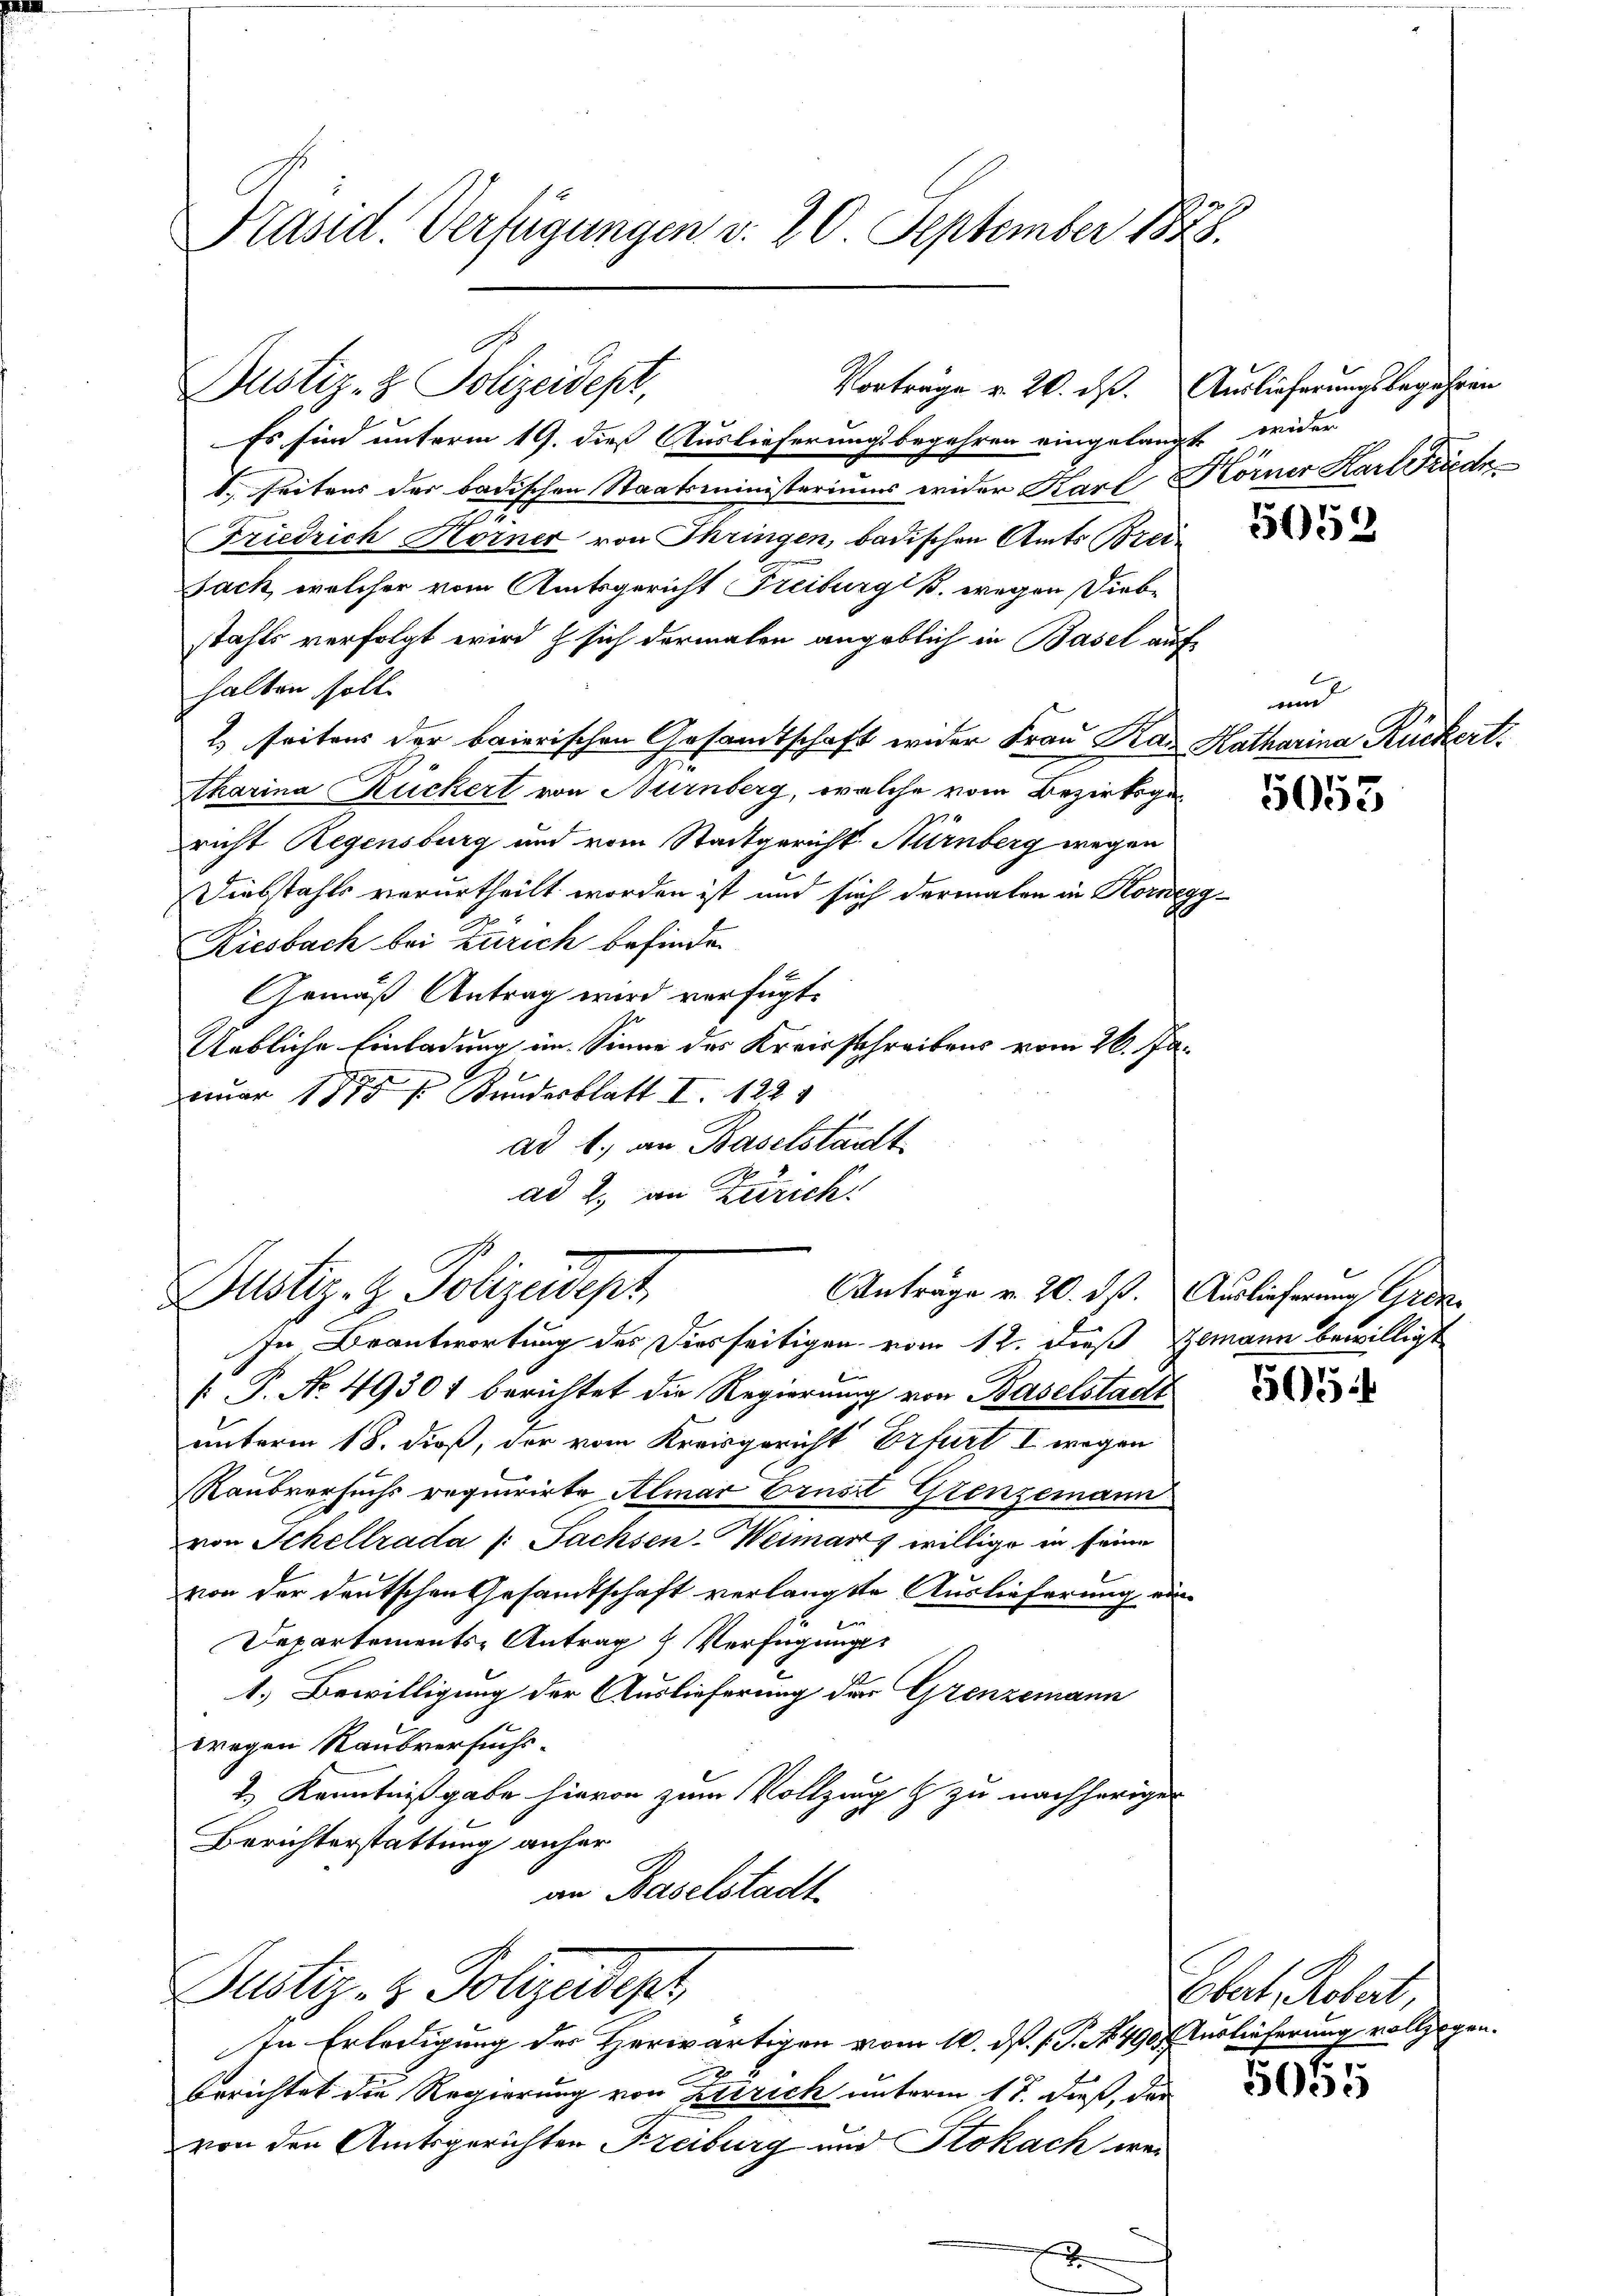
Es sind unterm 19. dieß Auslieferungsbegehren eingelangt wider
1. Seitens der badischen Staatsministeriums wider Karl Körner Karl Friede
Friedrich Horner von Thringen, badischen Amts Breisack, welcher vom Amtsgericht Freiburgl B. wegen Diebe
stahls verfolgt wird h sich dermalen angeblich in Basel auf-
halten soll.
2) seitens der baierischen Gesamtschaft wider Frau Kar Katharina Ruckert.
tharina Ruckert von Nürnberg, welche vom Bezirksgericht Regensburg und vom Stadtgericht Nürnberg wegen
Diebstahls verurtheilt worden ist und sich dermalen in Kornegg
Riesbach bei Zürich befinden
E
Gemäß Antrag wird verfügt:
Uebliche Einladung im Sinne des Kreisschreibens vom 26. Januar 1875 f. Bundesblatt I. 1221
ad b. an Baselstandt
ad 2., in Zürich!

Präsid. Verfügungen v. 20. September 1848.

A
Dustiz- & Polizeidept,
Vorträge v. 20. ds.

Justiz- & Polizeidept

In Beantwortung des Diesseitigen vom 12. dieß Gemann bewilligt
[P. No. 49301 berichtet die Regierung von Baselstadt
unterm 18. dieß, der vom Kreisgericht Erfurt I wegen
Raubversuchs requirirte Almar Brust Grenzemann
von Schellrada /: Sachsen-Weimar willige in seine
von der deutschen Gesamtschaft verlangte Auslieferung ein
Departements-Antrag  Verfügung
1.) Bewilligung der Auslieferung der Grenzemann
wagen Rausversuchs-
2.) Kenntnißgabe hievon zum Vollzug & zu nachherigen
Berichterstattung anher
an Baselstadt

Dustiz- & Polizeidept

In Erledigung des Herwärtigen vom 10. ds. 1. S. 490. Auslieferung vollzogen

Anträge v. 20. dß. Auslieferung Gren¬

2
berichtet die Regierung von Zerrich unterm 17. dieß, der
von den Amtsgerichten Freiburg und Stokach we¬

D

Auslieferungsbegehren

5659

und

5053

5

Obert, Robert,

55055